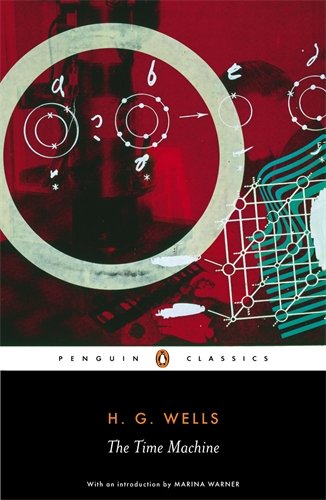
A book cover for The Time Machine (Penguin Classics); H.G. Wells; Literature & Fiction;